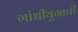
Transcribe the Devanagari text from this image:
गांधीयुगाची